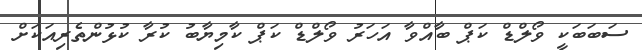
ސަބަބަކީ ވޯލްޑް ކަޕް ބާއްވާ އަހަރު ވޯލްޑް ކަޕް ކާމިޔާބު ކުރާ ކުޅުންތެރިއަކަށް